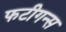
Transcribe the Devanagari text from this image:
फटीगन्स